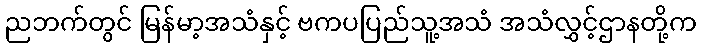
ညဘက်တွင် မြန်မာ့အသံနှင့် ဗကပပြည်သူ့အသံ အသံလွှင့်ဌာနတို့က